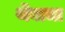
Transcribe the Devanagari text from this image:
थेंबाचा